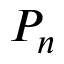
P _ { n }